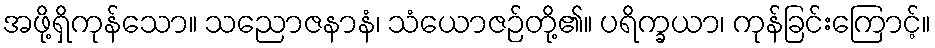
အဖို့ရှိကုန်သော။ သညောဇနာနံ၊ သံယောဇဉ်တို့၏။ ပရိက္ခယာ၊ ကုန်ခြင်းကြောင့်။